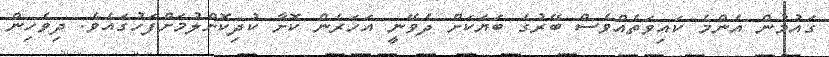
ގައުމުން އެންމެ ކައިވަތެއްވެސް ބޭރުގެ ބަޔަކަށް ދެވޭނީ އަހަރެން ކޮށާ ކުދިކޮށްލުމަށްފަހުގައެވެ. ދިވެހިން